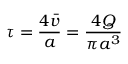
\tau = \frac { 4 \bar { v } } { a } = \frac { 4 Q } { \pi a ^ { 3 } }